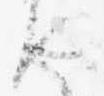
せ